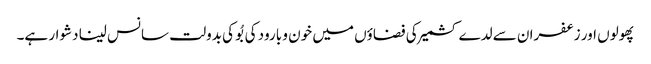
پھولوں اور زعفران سے لدے کشمیر کی فضاؤں میں خون و بارود کی بُو کی بدولت سانس لینا دشوار ہے۔